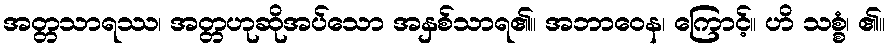
အတ္တသာရဿ၊ အတ္တဟုဆိုအပ်သော အနှစ်သာရ၏။ အဘာဝေန၊ ကြောင့်။ ဟိ သစ္စံ၊ ၏။